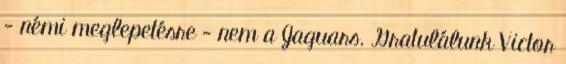
- némi meglepetésre - nem a Jaguars. Gratulálunk Victor